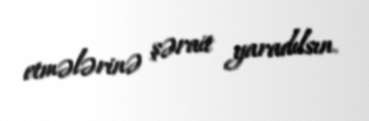
etmələrinə şərait yaradılsın.